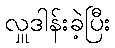
လှူဒါန်းခဲ့ပြီး